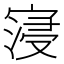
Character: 寖